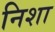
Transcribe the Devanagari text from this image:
निशा